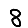
Digit: 8